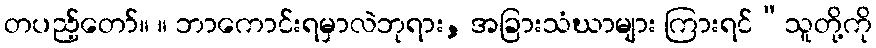
တပည့်တော်။ ။ ဘာကောင်းရမှာလဲဘုရား, အခြားသံဃာများ ကြားရင်“သူတို့ကို